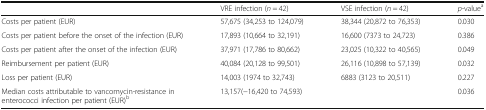
<table><thead><tr><td></td><td><b>VRE infection (<i>n</i> = 42)</b></td><td><b>VSE infection (<i>n</i> = 42)</b></td><td><b><i>p-</i>value<sup>a</sup></b></td></tr></thead><tbody><tr><td>Costs per patient (EUR)</td><td>57,675 (34,253 to 124,079)</td><td>38,344 (20,872 to 76,353)</td><td>0.030</td></tr><tr><td>Costs per patient before the onset of the infection (EUR)</td><td>17,893 (10,664 to 32,191)</td><td>16,600 (7373 to 24,723)</td><td>0.386</td></tr><tr><td>Costs per patient after the onset of the infection (EUR)</td><td>37,971 (17,786 to 80,662)</td><td>23,025 (10,322 to 40,565)</td><td>0.049</td></tr><tr><td>Reimbursement per patient (EUR)</td><td>40,084 (20,128 to 99,501)</td><td>26,116 (10,898 to 57,139)</td><td>0.032</td></tr><tr><td>Loss per patient (EUR)</td><td>14,003 (1974 to 32,743)</td><td>6883 (3123 to 20,511)</td><td>0.227</td></tr><tr><td>Median costs attributable to vancomycin-resistance in enterococci infection per patient (EUR)<sup>b</sup></td><td colspan="2">13,157(−16,420 to 74,593)</td><td>0.036</td></tr></tbody></table>